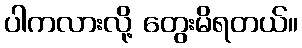
ပါကလားလို့ တွေးမိရတယ်။